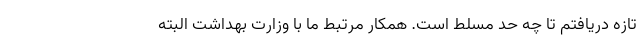
تازه دریافتم تا چه حد مسلط است. همکار مرتبط ما با وزارت بهداشت البته